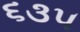
૬૩૫